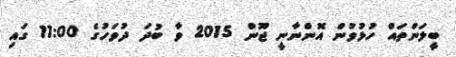
ބީލަންތައް ހުޅުވުން އޮންނާނީ ޖޫން 2015 ވާ ބުދަ ދުވަހުގެ 11:00 ގައި